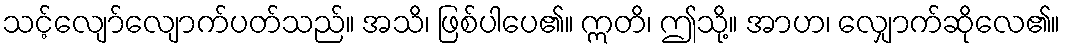
သင့်လျော်လျောက်ပတ်သည်။ အသိ၊ ဖြစ်ပါပေ၏။ ဣတိ၊ ဤသို့။ အာဟ၊ လျှောက်ဆိုလေ၏။